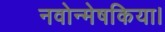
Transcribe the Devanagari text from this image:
नवोन्मेषकिया।